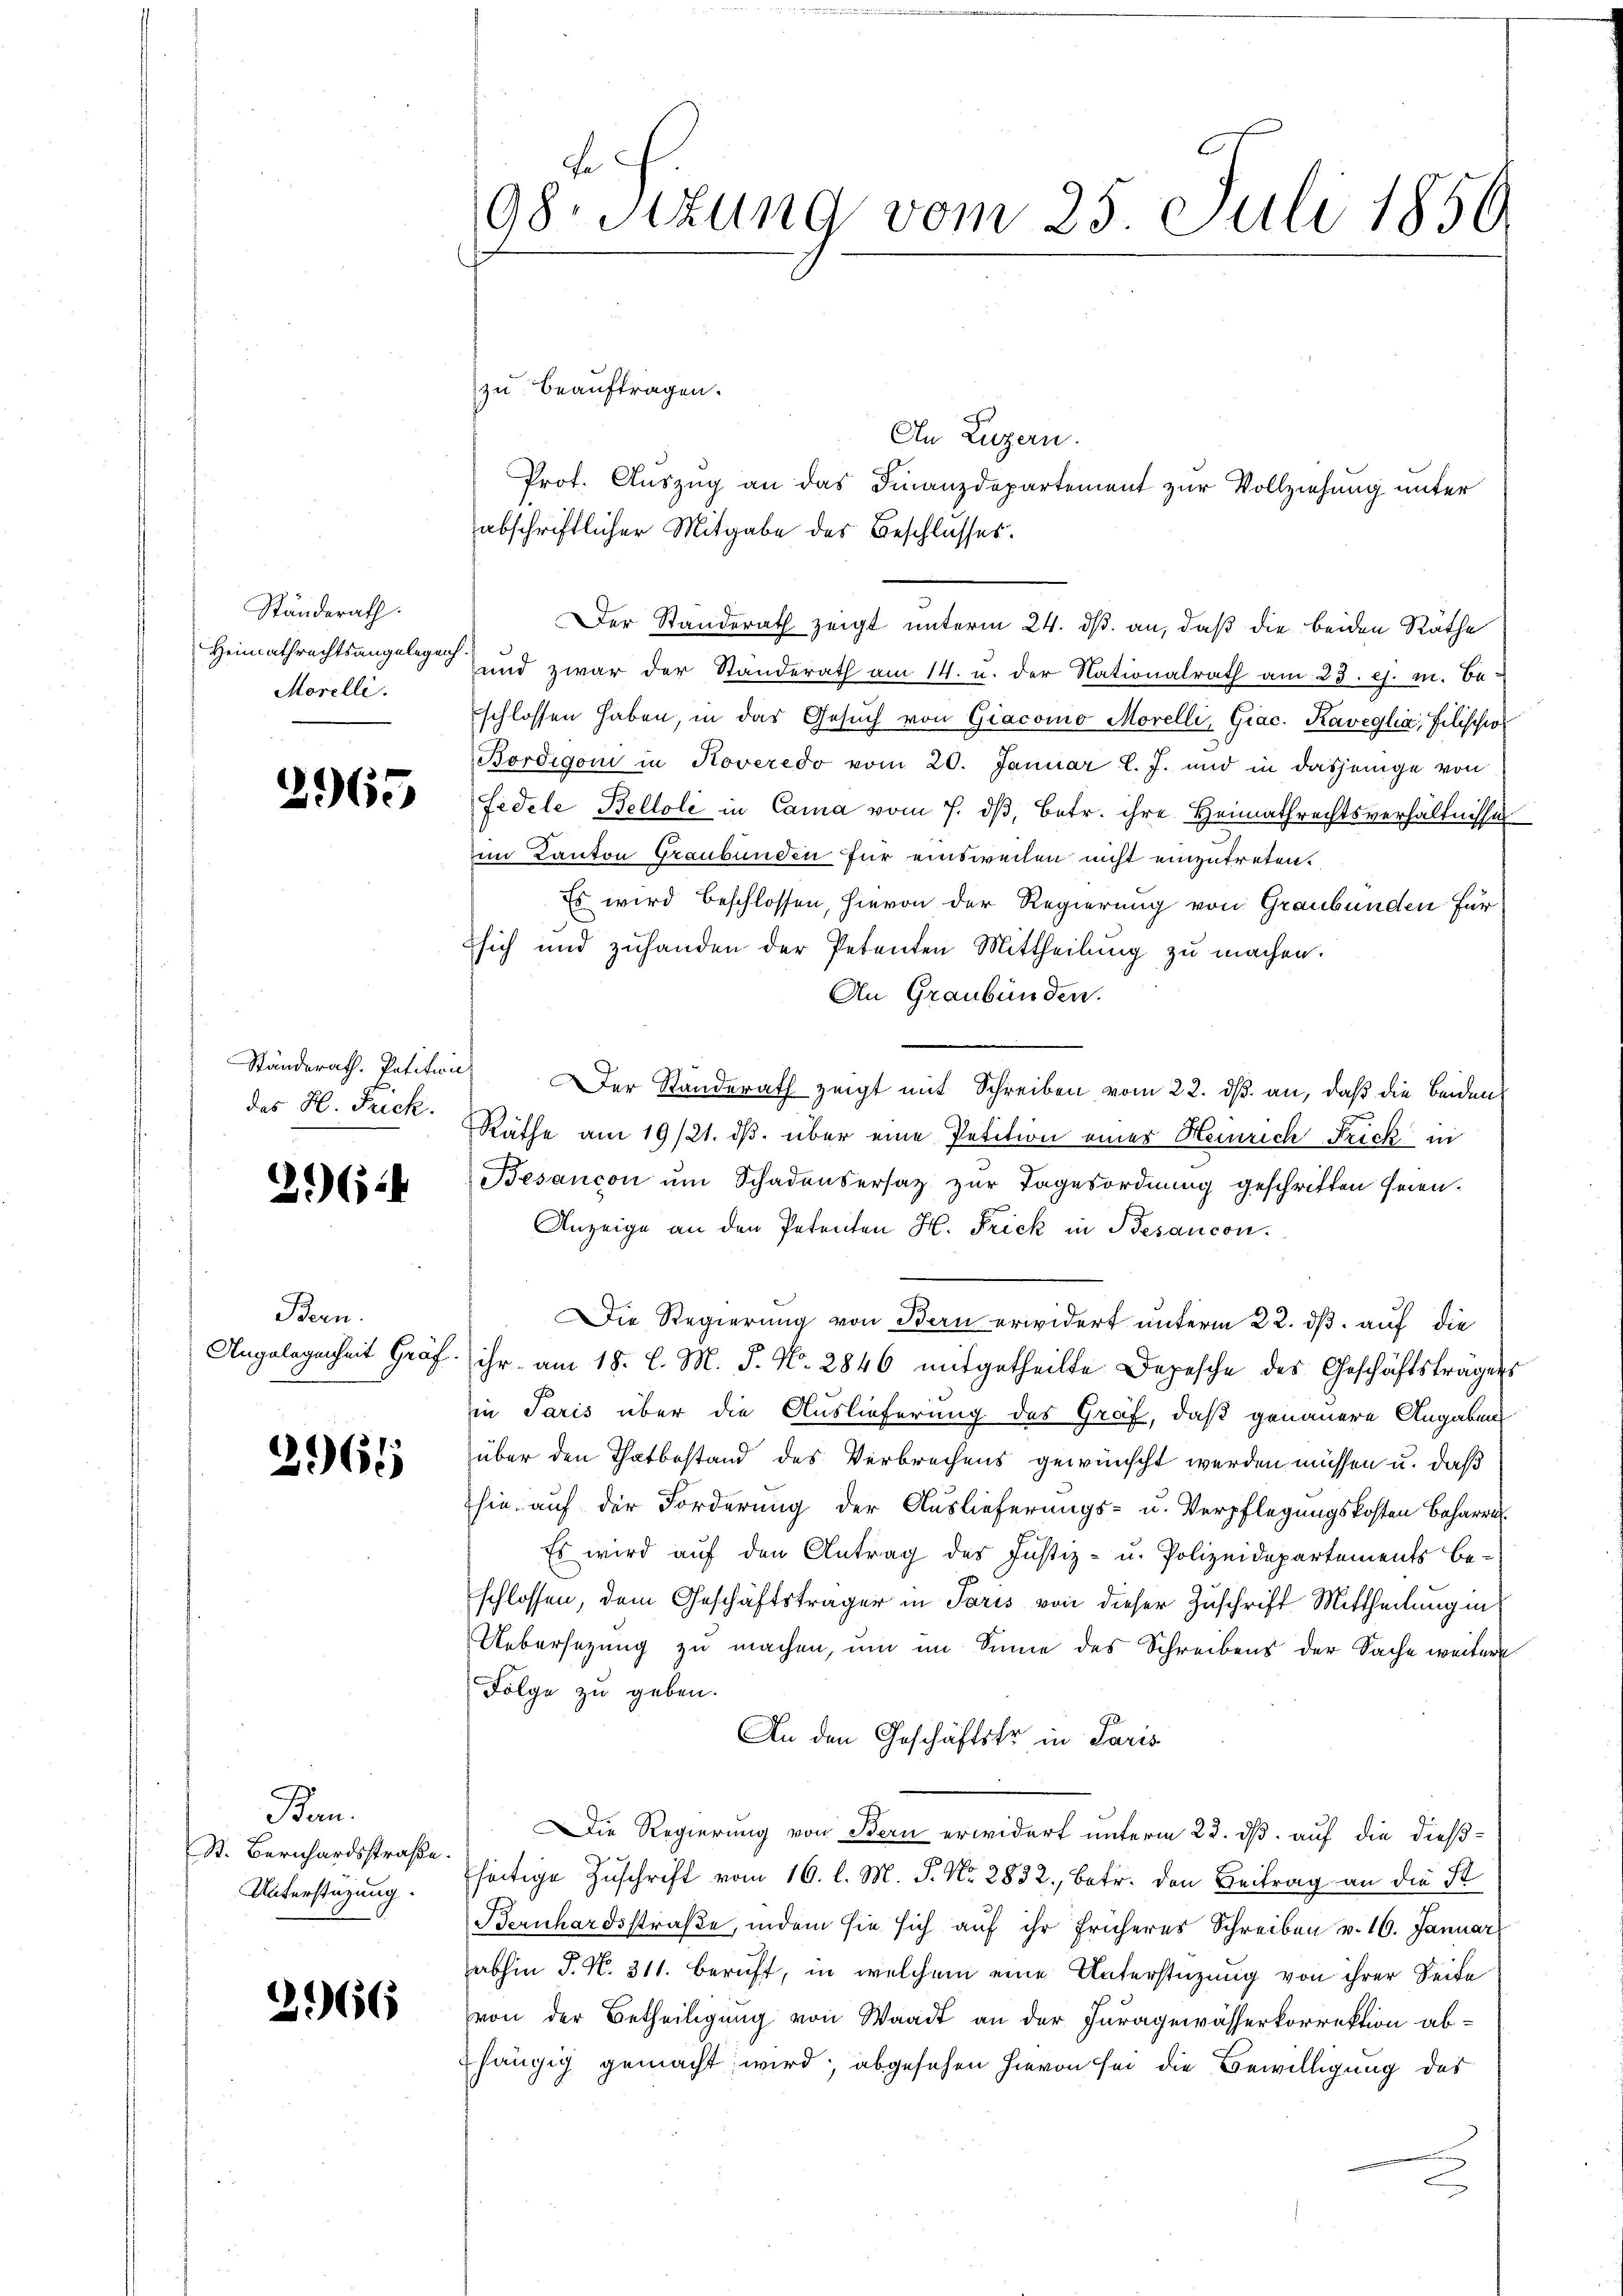
Ständerath.
Heimathrechtsangelegen
Morelli.

2965

Ständerath. Petitwir
das H. Frick.

21 (14

Bern.
Angelegenheit Gräf.

2961

Ban.
St. Bernhardsstraße.
Unterstüzung.

2966

98. Sitzung vom 25 Juli 1856

zu beauftragen.
An Luzern.
Prot. Auszug an das Finanzdepartement zur Vollziehung unter
abschriftlicher Mitgabe des Beschlusses.
Der Standerath zeigt unterm 24. ds. an, daß die beiden Räthe
und zwar der Standerath am 14. u. der Nationalrath am 23. es. m. Be-
schlossen haben, in das Gesŭch von Giacomo Morelli, Giac. Kaveglia, Pilischof
Bördigoni in Koveredo vom 20. Januar l. J. und in dasjenige von
Fedele Bellole in Cama vom 7. ds, betr. ihre Heimathrechtsverhältnisse
im Kanton Graubünden für einsweilen nicht einzutreten.
Es wird beschlossen, hievon der Regierung von Graubünden für
sich und zuhanden der Petenten Mittheilung zu machen.
An Graubünden.
Der Standerath zeigt mit Schreiben vom 22. dß. an, daß die beidens
Räthe am 19/21. ds. über eine Petition einer Heinrich Frick in
Besançon um Schadensersatz zur Tagesordnung geschritten seien.
Anzeige an den Petenten H. Frick in Besancon
Die Regierung von Bern erwidert unterm 22. dß auf die
ihr am 18. l. M. J. N. 2846 mitgetheilte Depesche des Geschäftsträgers
in Paris über die Auslieferung des Graf, daß genauere Angaben
über den Thatbestand des Verbrechens gewünscht werden müssen u. daß
hie auf der Forderung der Auslieferungs- u. Verpflegungskosten Beharre
Es wird auf den Antrag des Justiz- u. Polizeidepartements be-
schlossen, dem Geschäftsträger in Paris von dieser Zuschrift Mittheilung in
Uebersetzung zu machen, um im Sinne des Schreibens der Sache weiter
Folge zu geben.
An den Geschäftstr in Paris
Die Regierung von Bern erwidert unterm 23. ds. auf die dießseitige Zuschrift vom 16. l. M. P. Nr. 2832., betr. den Beitrag an die St
Bernhardsstraße, indem sie sich auf ihr früheres Schreiben v. 16. Januar
abhin J. N. 311. beruft, in welchem eine Unterstüzung von ihrer Seite
von der Betheiligung von Waadt an der Juragewässerkorrektion abhängig gemacht, wird, abgesehen hievon sei die Bewilligung des